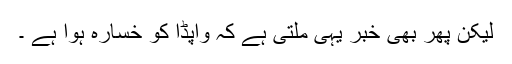
لیکن پھر بھی خبر یہی ملتی ہے کہ واپڈا کو خسارہ ہوا ہے ۔